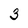
Character: 3